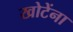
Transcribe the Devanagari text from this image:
खोटेंना